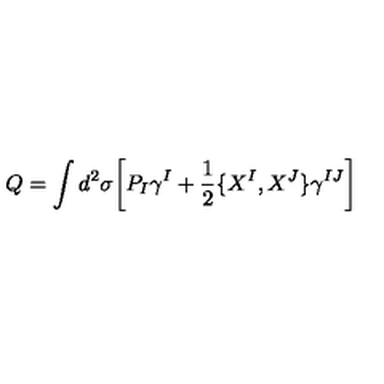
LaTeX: Q = \int d ^ { 2 } \sigma \biggl [ P _ { I } \gamma ^ { I } + \frac { 1 } { 2 } \lbrace X ^ { I } , X ^ { J } \rbrace \gamma ^ { I J } \biggr ]